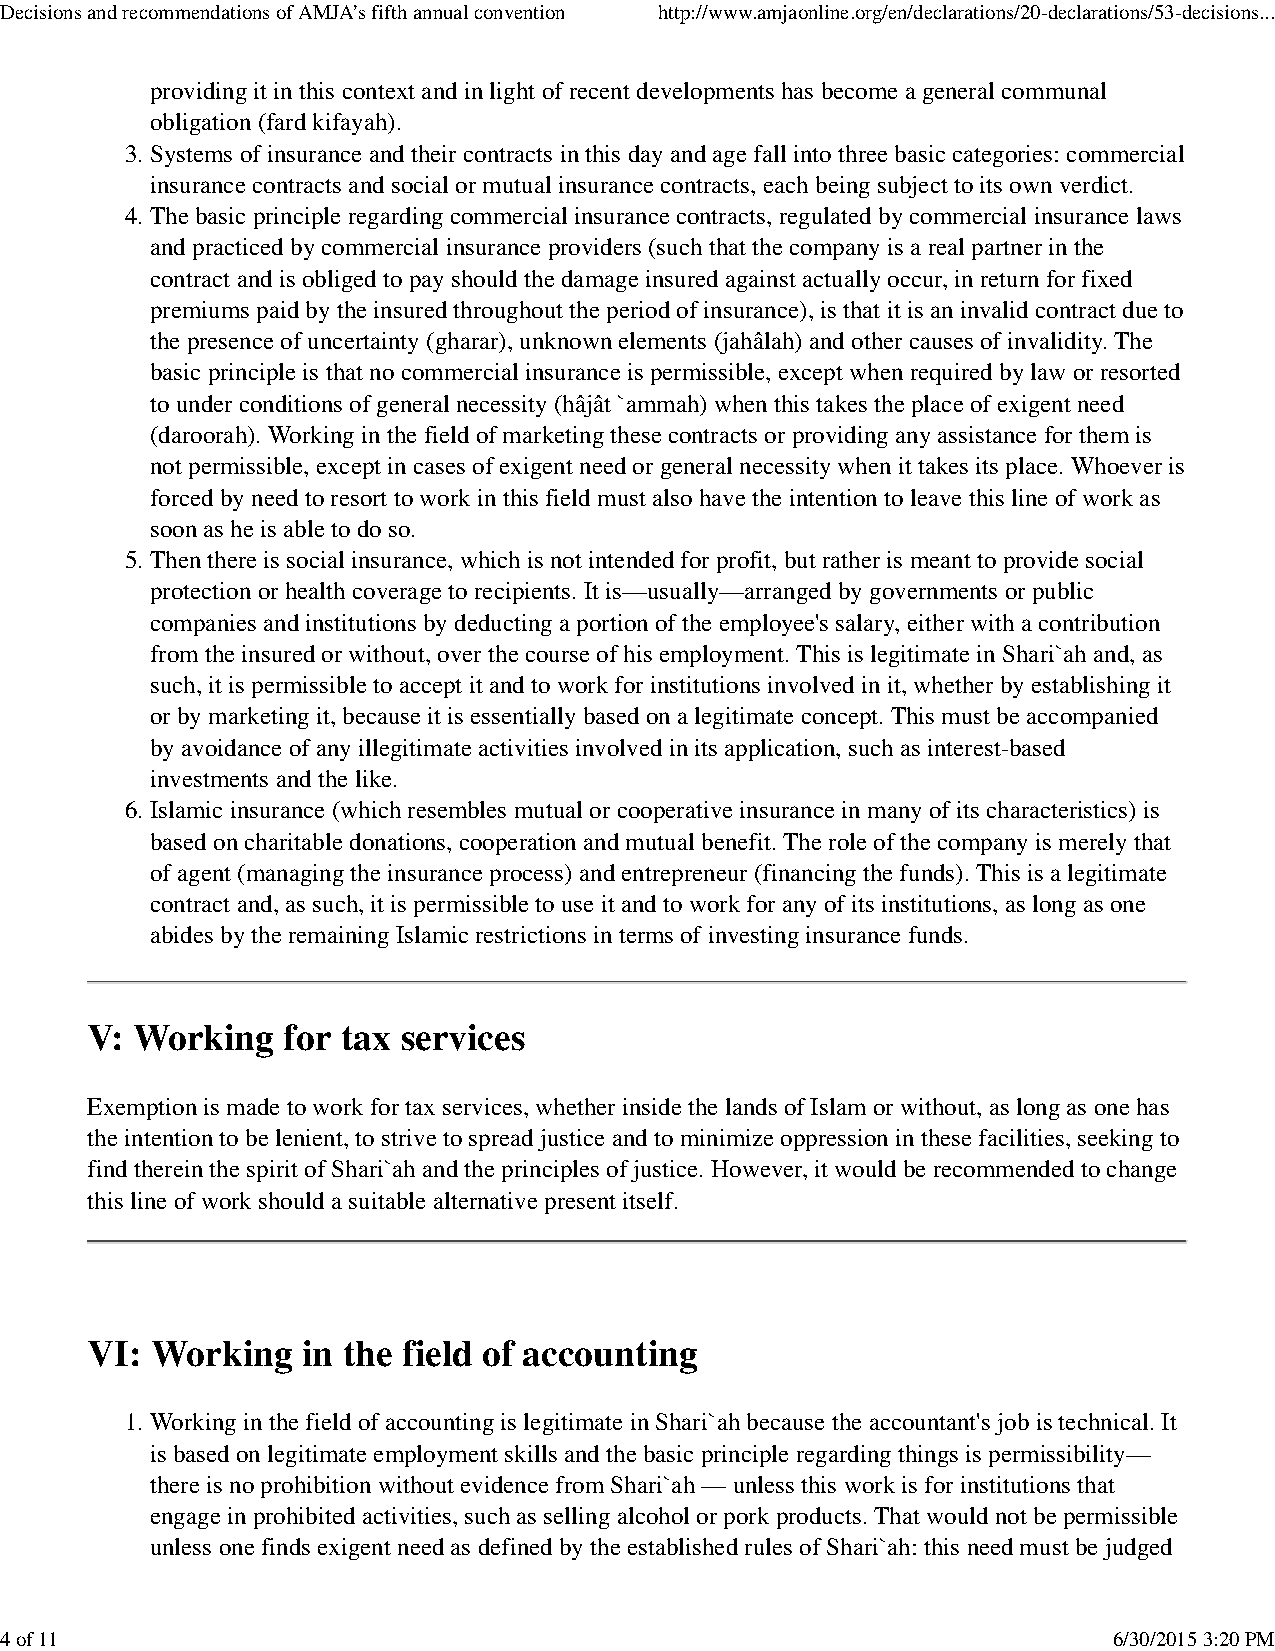
Decisions and recommendations of AMJA’s fifth annual convention http://www.amjaonline.org/en/declarations/20-declarations/53-decisions...
 providing it in this context and in light of recent developments has become a general communal
 obligation (fard kifayah).
 3. Systems of insurance and their contracts in this day and age fall into three basic categories: commercial
 insurance contracts and social or mutual insurance contracts, each being subject to its own verdict.
 4. The basic principle regarding commercial insurance contracts, regulated by commercial insurance laws
 and practiced by commercial insurance providers (such that the company is a real partner in the
 contract and is obliged to pay should the damage insured against actually occur, in return for fixed
 premiums paid by the insured throughout the period of insurance), is that it is an invalid contract due to
 the presence of uncertainty (gharar), unknown elements (jahâlah) and other causes of invalidity. The
 basic principle is that no commercial insurance is permissible, except when required by law or resorted
 to under conditions of general necessity (hâjât `ammah) when this takes the place of exigent need
 (daroorah). Working in the field of marketing these contracts or providing any assistance for them is
 not permissible, except in cases of exigent need or general necessity when it takes its place. Whoever is
 forced by need to resort to work in this field must also have the intention to leave this line of work as
 soon as he is able to do so.
 5. Then there is social insurance, which is not intended for profit, but rather is meant to provide social
 protection or health coverage to recipients. It is—usually—arranged by governments or public
 companies and institutions by deducting a portion of the employee's salary, either with a contribution
 from the insured or without, over the course of his employment. This is legitimate in Shari`ah and, as
 such, it is permissible to accept it and to work for institutions involved in it, whether by establishing it
 or by marketing it, because it is essentially based on a legitimate concept. This must be accompanied
 by avoidance of any illegitimate activities involved in its application, such as interest-based
 investments and the like.
 6. Islamic insurance (which resembles mutual or cooperative insurance in many of its characteristics) is
 based on charitable donations, cooperation and mutual benefit. The role of the company is merely that
 of agent (managing the insurance process) and entrepreneur (financing the funds). This is a legitimate
 contract and, as such, it is permissible to use it and to work for any of its institutions, as long as one
 abides by the remaining Islamic restrictions in terms of investing insurance funds.
 V: Working   for tax services
 Exemption is made to work for tax services, whether inside the lands of Islam or without, as long as one has
 the intention to be lenient, to strive to spread justice and to minimize oppression in these facilities, seeking to
 find therein the spirit of Shari`ah and the principles of justice. However, it would be recommended to change
 this line of work should a suitable alternative present itself.
 VI: Working   in the field of accounting
 1. Working in the field of accounting is legitimate in Shari`ah because the accountant's job is technical. It
 is based on legitimate employment skills and the basic principle regarding things is permissibility—
 there is no prohibition without evidence from Shari`ah — unless this work is for institutions that
 engage in prohibited activities, such as selling alcohol or pork products. That would not be permissible
 unless one finds exigent need as defined by the established rules of Shari`ah: this need must be judged
 4 of 11                                                                   6/30/2015 3:20 PM